Insane asylums in Bengal annual reports 1876-1887 - 1876-1887
Year: 1876
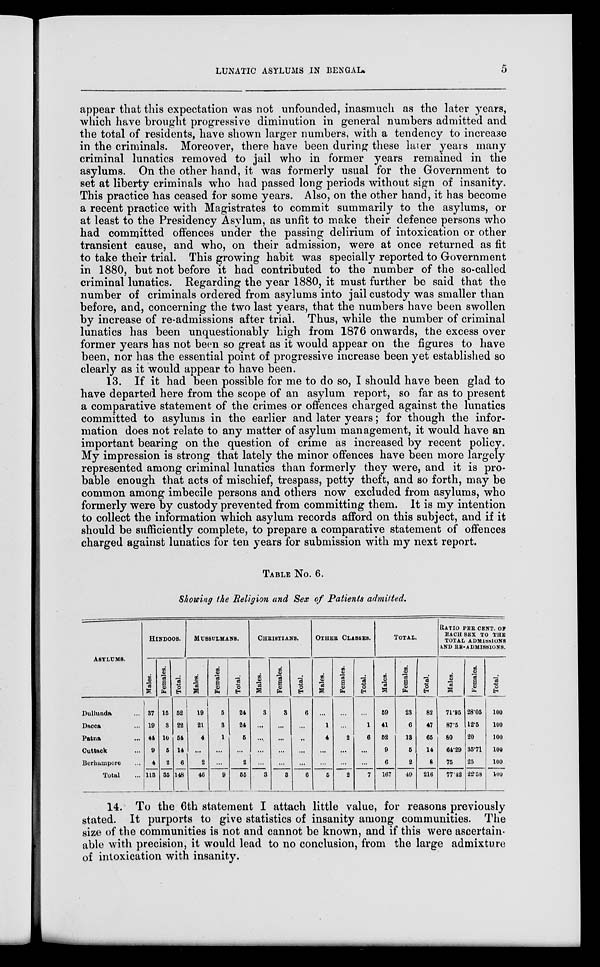
LUNATIC ASYLUMS IN BENGAL
5
appear that this expectation was not unfounded, inasmuch as the later years,
which have brought progressive diminution in general numbers admitted and
the total of residents, have shown larger numbers, with a tendency to increase
in the criminals. Moreover, there have been during these later years many
criminal lunatics removed to jail who in former years remained in the
asylums. On the other hand, it was formerly usual for the Government to
set at liberty criminals who had passed long periods without sign of insanity.
This practice has ceased for some years. Also, on the other hand, it has become
a recent practice with Magistrates to commit summarily to the asylums, or
at least to the Presidency Asylum, as unfit to make their defence persons who
had committed offences under the passing delirium of intoxication or other
transient cause, and who, on their admission, were at once returned as fit
to take their trial. This growing habit was specially reported to Government
in 1880, but not before it had contributed to the number of the so-called
criminal lunatics. Regarding the year 1880, it must further be said that the
number of criminals ordered from asylums into jail custody was smaller than
before, and, concerning the two last years, that the numbers have been swollen
by increase of re-admissions after trial. Thus, while the number of criminal
lunatics has been unquestionably high from 1876 onwards, the excess over
former years has not been so great as it would appear on the figures to have
been, nor has the essential point of progressive increase been yet established so
clearly as it would appear to have been.
13. If it had been possible for me to do so, I should have been glad to
have departed here from the scope of an asylum report, so far as to present
a comparative statement of the crimes or offences charged against the lunatics
committed to asylums in the earlier and later years; for though the infor-
mation does not relate to any matter of asylum management, it would have an
important bearing on the question of crime as increased by recent policy.
My impression is strong that lately the minor offences have been more largely
represented among criminal lunatics than formerly they were, and it is pro-
bable enough that acts of mischief, trespass, petty theft, and so forth, may be
common among imbecile persons and others now excluded from asylums, who
formerly were by custody prevented from committing them. It is my intention
to collect the information which asylum records afford on this subject, and if it
should be sufficiently complete, to prepare a comparative statement of offences
charged against lunatics for ten years for submission with my next report.
TABLE No. 6.
Showing the Religion and Sex of Patients admitted.
ASYLUMS.
Dullunda ...
Dacca ...
Patna ...
Cuttack ...
Berhampore ...
Total ...
HINDOOS.
Mal es .
37
19
44
9
4
113
Females.
15
3
10
5
2
35
Total.
52
22
54
14
6
148
MUSSULMANS.
Males.
19
21
4
...
2
46
Females.
5
3
1
...
...
9
Total.
24
24
5
...
2
55
CHRISTIANS.
Mal es .
3
...
....
...
...
3
Females.
3
...
...
...
...
3
Total.
6
...
..
...
...
6
OTHER CLASSES.
Males.
...
1
4
...
...
5
Females.
...
...
2
...
...
2
Total.
...
1
6
...
...
7
TOTAL.
Males.
59
41
52
9
6
167
Females.
23
6
13
5
2
49
Total.
82
47
65
14
8
216
RATIO PER CENT. OF
EACH SEX TO THE
TOTAL ADMISSIONS
AND RE-ADMISSIONS.
Mal es .
71.95
87.5
80
64.29
75
77.42
Fe ma l
e s .
28.05
12.5
20
35.71
25
22.58
Tot al .
100
100
100
100
100
100
14. To the 6th statement I attach little value, for reasons previously
stated. It purports to give statistics of insanity among communities. The
size of the communities is not and cannot be known, and if this were ascertain-
able with precision, it would lead to no conclusion, from the large admixture
of intoxication with insanity.